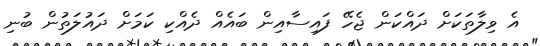
އެ ވިލާތަކަށް ދައްކަން ޖެހޭ ފައިސާއިން ބައެއް ދެއްކި ކަމަށް ދައުލަތުން ބުނި